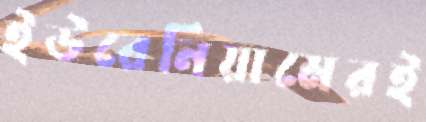
ইউরেনিয়ামেরই